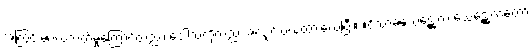
အကြွင်းမဲ့ပယ်သတ်မှုကြောင့်တည်း၊ ဒေါသကိုလည်းအလျှင်းပယ်ထားလေပြီး။ ။ဝိသာခသေဋ္ဌေးက သေဋ္ဌေးကတော်